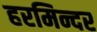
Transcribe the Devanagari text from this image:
हरमिन्दर